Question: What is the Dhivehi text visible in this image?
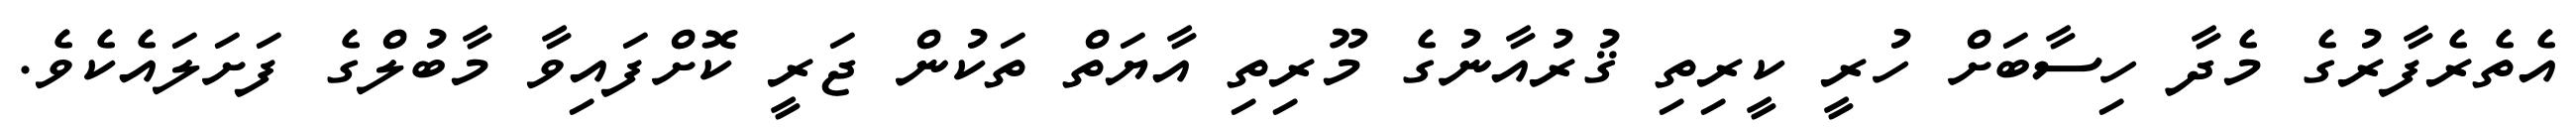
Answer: އެތެރެފާރުގެ މެދާ ހިސާބަށް ހުރީ ކީރިތި ޤުރުއާނުގެ މޫރިތި އާޔަތް ތަކުން ޖަރީ ކޮށްފައިވާ މާބުލްގެ ފަށަލައެކެވެ.